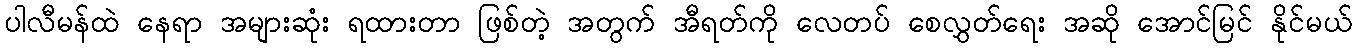
ပါလီမန်ထဲ နေရာ အများဆုံး ရထားတာ ဖြစ်တဲ့ အတွက် အီရတ်ကို လေတပ် စေလွှတ်ရေး အဆို အောင်မြင် နိုင်မယ်